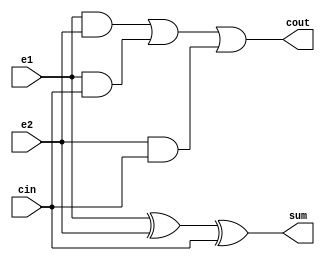
`timescale 1ns / 1ps
//////////////////////////////////////////////////////////////////////////////////
// Company: 
// Engineer: 
// 
// Design Name: 
// Module Name:    fulladder 
// Project Name: 
// Target Devices: 
// Tool versions: 
// Description: 
//
// Dependencies: 
//
// Revision: 
// Revision 0.01 - File Created
// Additional Comments: 
//
//////////////////////////////////////////////////////////////////////////////////
module fulladder(e1,e2,cin,sum,cout);
	input e1,e2,cin;
	output sum,cout;
	assign sum = e1^e2^cin;
	assign cout = (e1&e2)|(e1&cin)|(e2&cin);
endmodule